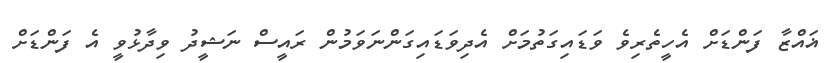
ޣައްޒާ ފަންޑަށް އެހީތެރިވެ ވަޑައިގަތުމަށް އެދިވަޑައިގަންނަވަމުން ރައީސް ނަޝީދު ވިދާޅުވީ އެ ފަންޑަށް